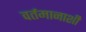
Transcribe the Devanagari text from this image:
वर्तमानाशी